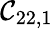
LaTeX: \mathcal{C}_{22,1}